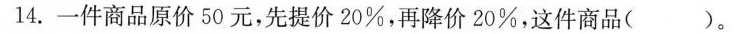
14.一件商品原价50元，先提价20%，再降价20%，这件商品( )。